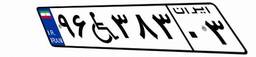
۹۶W۳۸۳۰۳